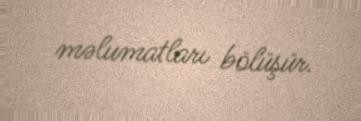
məlumatları bölüşür.